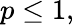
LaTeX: p\leq 1,